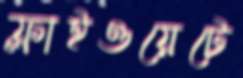
ফ্লাইওয়েটে